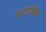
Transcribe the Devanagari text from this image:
एनारोबिक